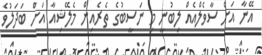
އޭނާ އަށް ސާވެލްއެއް ލިބުނީ މި ނަސީބުގެ ތެރެއިން މެލޭޝިއާ އަށް ބަދަލުވެ